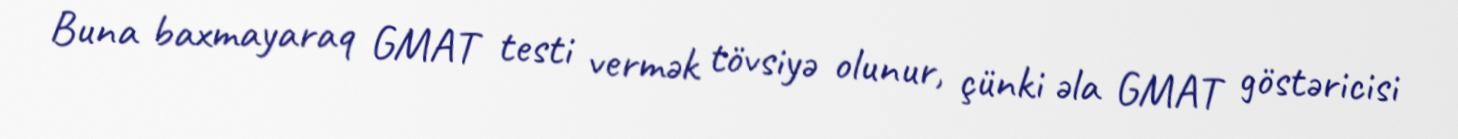
Buna baxmayaraq GMAT testi vermək tövsiyə olunur, çünki əla GMAT göstəricisi